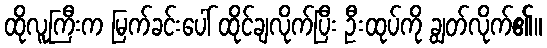
ထိုလူကြီးက မြက်ခင်းပေါ် ထိုင်ချလိုက်ပြီး ဦးထုပ်ကို ချွတ်လိုက်၏။